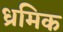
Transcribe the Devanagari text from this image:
ध्रमिक